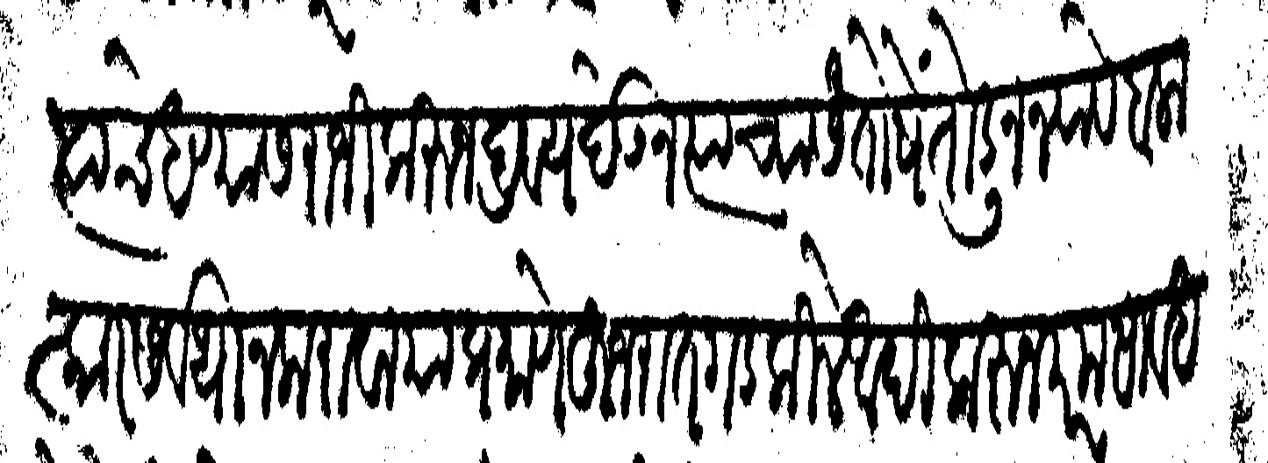
Transliteration (Devanagari): त्याचे धण्यास राजी करून द्रव्य घेऊन त्याच्या संतोषें तोडून न्यावे बलात्कार सर्वथा न करावा याप्रमाणें हूजरात गड कीले आदीकरून परम सावध